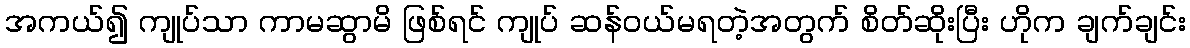
အကယ်၍ ကျုပ်သာ ကာမဆွာမိ ဖြစ်ရင် ကျုပ် ဆန်ဝယ်မရတဲ့အတွက် စိတ်ဆိုးပြီး ဟိုက ချက်ချင်း